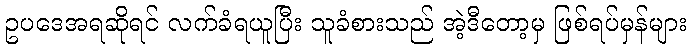
ဥပဒေအရဆိုရင် လက်ခံရယူပြီး သူခံစားသည် အဲ့ဒီတော့မှ ဖြစ်ရပ်မှန်များ